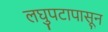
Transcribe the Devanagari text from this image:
लघुपटापासून